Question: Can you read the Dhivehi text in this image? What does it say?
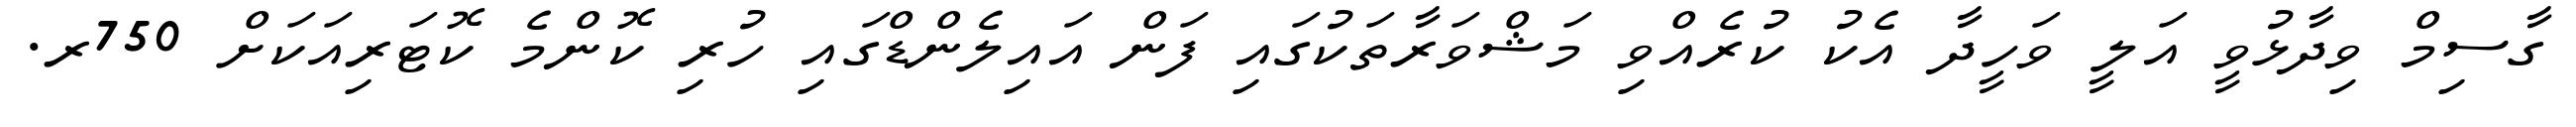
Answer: ގާސިމް ވިދާޅުވީ އަލީ ވަހީދާ އެކު ކުރެއްވި މަޝްވަރާތަކުގައި ފަން އައިލެންޑްގައި ހުރި ކޮންމެ ކޮޓަރިއަކަށް 750ރ.